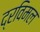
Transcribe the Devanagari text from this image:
द्रविमल